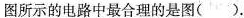
图所示的电路中最合理的是图( )。